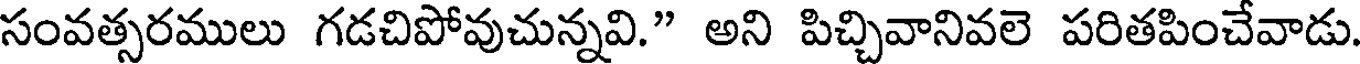
సంవత్సరములు గడచిపోవుచున్నవి." అని పిచ్చివానివలె పరితపించేవాడు